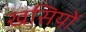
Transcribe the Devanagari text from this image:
खसियों